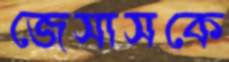
জেসাসকে